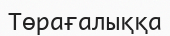
Төрағалыққа